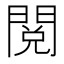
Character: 閲